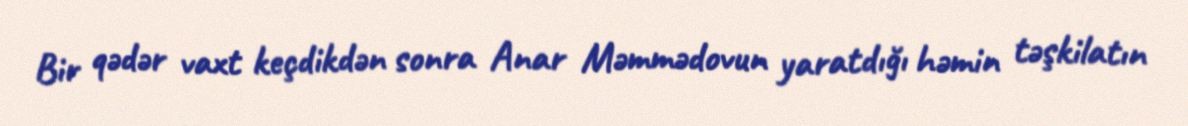
Bir qədər vaxt keçdikdən sonra Anar Məmmədovun yaratdığı həmin təşkilatın